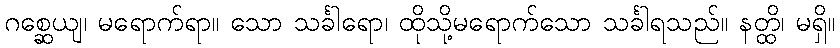
ဂစ္ဆေယျ၊ မရောက်ရာ။ သော သင်္ခါရော၊ ထိုသို့မရောက်သော သင်္ခါရသည်။ နတ္ထိ၊ မရှိ။